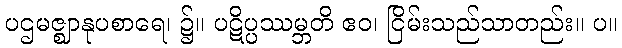
ပဌမဇ္ဈာနုပစာရေ၊ ၌။ ပဋိပ္ပဿမ္ဘတိ ဧဝ၊ ငြိမ်းသည်သာတည်း။ ပ။